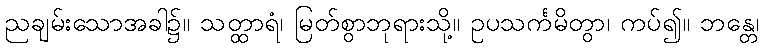
ညချမ်းသောအခါ၌။ သတ္ထာရံ၊ မြတ်စွာဘုရားသို့။ ဥပသင်္ကမိတွာ၊ ကပ်၍။ ဘန္တေ၊